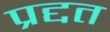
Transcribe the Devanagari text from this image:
प्रद्दत